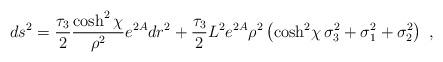
LaTeX: \begin{align*}ds^2={\tau_3\over2}{\cosh^2\chi\over\rho^2}e^{2A}dr^2+{\tau_3\over2}{L^2}{e^{2A}}\rho^2\left({\cosh^2\!\chi}\,\sigma_3^2+\sigma_1^2+\sigma_2^2\right)\ ,\end{align*}